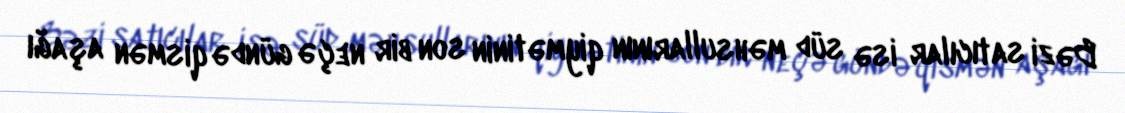
Bəzi satıcılar isə süd məhsullarının qiymətinin son bir neçə gündə qismən aşağı